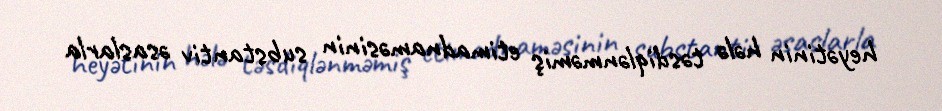
heyətinin hələ təsdiqlənməmiş etimadnaməsinin substantiv əsaslarla